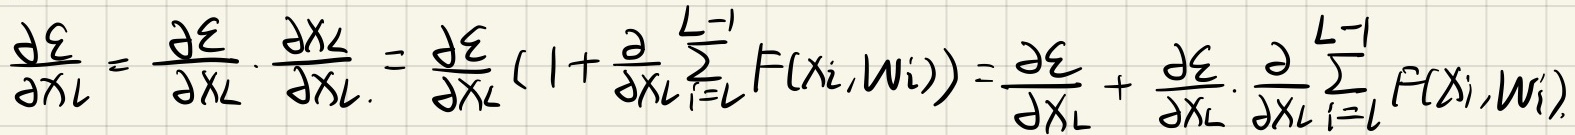
$\frac{\partial \mathcal{E}}{\partial \mathbf{x}_l}=\frac{\partial \mathcal{E}}{\partial \mathbf{x}_L}\cdot\frac{\partial \mathbf{x}_L}{\partial \mathbf{x}_l}=\frac{\partial \mathcal{E}}{\partial \mathbf{x}_L}(1 + \frac{\partial }{\partial \mathbf{x}_l}\sum_{i = l}^{L - 1}F(\mathbf{x}_i, \mathbf{w}_i))=\frac{\partial \mathcal{E}}{\partial \mathbf{x}_L}+\frac{\partial \mathcal{E}}{\partial \mathbf{x}_L}\cdot\frac{\partial }{\partial \mathbf{x}_l}\sum_{i = l}^{L - 1}F(\mathbf{x}_i, \mathbf{w}_i)$